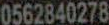
0562840278